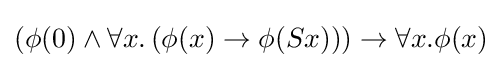
(\phi (0)\land \forall x.\,(\phi (x)\to \phi (Sx)))\to \forall x.\phi (x)